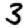
Digit: 3